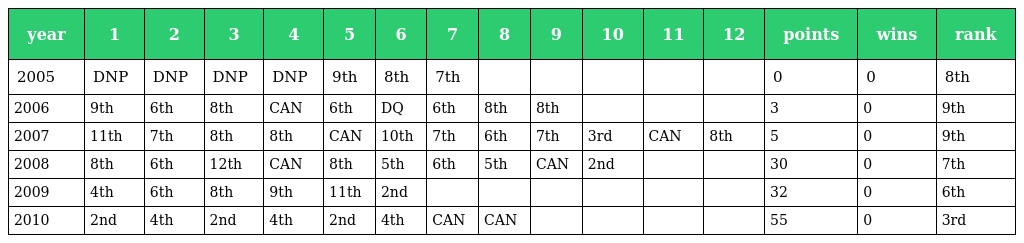
| year | 1 | 2 | 3 | 4 | 5 | 6 | 7 | 8 | 9 | 10 | 11 | 12 | points | wins | rank |
 | --- | --- | --- | --- | --- | --- | --- | --- | --- | --- | --- | --- | --- | --- | --- | --- |
 | 2005 | DNP | DNP | DNP | DNP | 9th | 8th | 7th |  |  |  |  |  | 0 | 0 | 8th |
 | 2006 | 9th | 6th | 8th | CAN | 6th | DQ | 6th | 8th | 8th |  |  |  | 3 | 0 | 9th |
 | 2007 | 11th | 7th | 8th | 8th | CAN | 10th | 7th | 6th | 7th | 3rd | CAN | 8th | 5 | 0 | 9th |
 | 2008 | 8th | 6th | 12th | CAN | 8th | 5th | 6th | 5th | CAN | 2nd |  |  | 30 | 0 | 7th |
 | 2009 | 4th | 6th | 8th | 9th | 11th | 2nd |  |  |  |  |  |  | 32 | 0 | 6th |
 | 2010 | 2nd | 4th | 2nd | 4th | 2nd | 4th | CAN | CAN |  |  |  |  | 55 | 0 | 3rd |